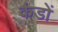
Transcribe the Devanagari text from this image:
कंडों